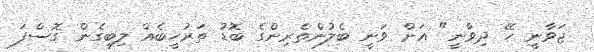
ޖަވާނީ ހޭ ދިވާނީ" އަށް ވަނީ ބެލުންތެރިންގެ ބޮޑު ތަރުހީބެއް ލިބިގެން ގޮސްފަ